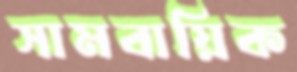
সামবায়িক